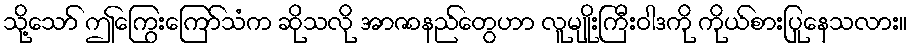
သို့သော် ဤကြွေးကြော်သံက ဆိုသလို အာဇာနည်တွေဟာ လူမျိုးကြီးဝါဒကို ကိုယ်စားပြုနေသလား။